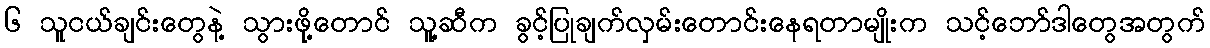
၆ သူငယ်ချင်းတွေနဲ့ သွားဖို့တောင် သူ့ဆီက ခွင့်ပြုချက်လှမ်းတောင်းနေရတာမျိုးက သင့်ဘော်ဒါတွေအတွက်